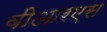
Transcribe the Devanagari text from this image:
वीआरएस